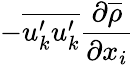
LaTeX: -\overline{{u_{k}^{\prime}u_{k}^{\prime}}}\frac{\partial\overline{{\rho}}}{\partial x_{i}}